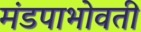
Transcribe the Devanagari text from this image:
मंडपाभोवती